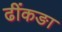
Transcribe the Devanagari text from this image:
ढींकङा